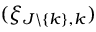
( \xi _ { J \backslash \{ k \} , k } )